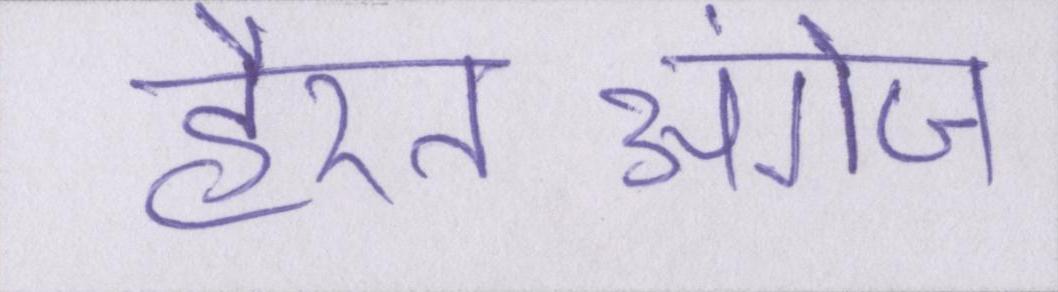
हैरतअंगेज